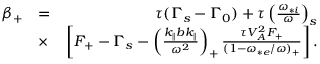
\begin{array} { r l r } { \beta _ { + } } & { = } & { \tau ( \Gamma _ { s } - \Gamma _ { 0 } ) + \tau \left( \frac { \omega _ { * i } } { \omega } \right) _ { s } } \\ & { \times } & { \left[ F _ { + } - \Gamma _ { s } - \left( \frac { k _ { \parallel } b k _ { \parallel } } { \omega ^ { 2 } } \right) _ { + } \frac { \tau V _ { A } ^ { 2 } F _ { + } } { ( 1 - \omega _ { * e } / \omega ) _ { + } } \right] . } \end{array}